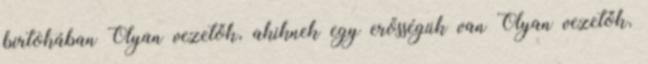
birtokában Olyan vezetők, akiknek egy erősségük van Olyan vezetők,